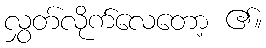
လွှတ်လိုက်လေတော့ ၏။